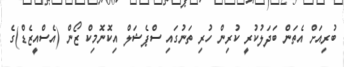
ބުރިއަށް އެތަން ބަދަލުކުރީ ކުރިން ހުރި ތަނުގައި ސްޕެޝަލް އިކޮނޮމިކް ޒޯން (އެސްއީޒެޑް)ގެ